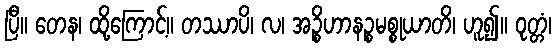
ပြီ။ တေန၊ ထို့ကြောင့်။ တဿာပိ၊ လ၊ အဉ္စိဟာနဉ္စမစ္စုယာတိ၊ ဟူ၍။ ဝုတ္တံ၊